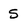
Character: 5